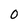
Character: 0